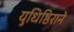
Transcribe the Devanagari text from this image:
युधिष्ठिरानें